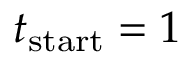
t _ { \mathrm { s t a r t } } = 1